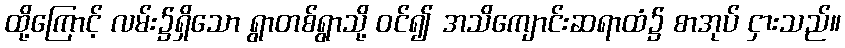
ထို့ကြောင့် လမ်း၌ရှိသော ရွာတစ်ရွာသို့ ဝင်၍ အသိကျောင်းဆရာထံ၌ စာအုပ် ငှားသည်။